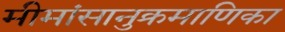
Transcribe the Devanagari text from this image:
मीमांसानुक्रमाणिका